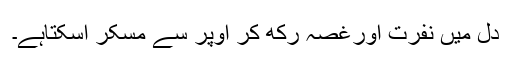
دل میں نفرت اورغصہ رکھ کر اوپر سے مسکر اسکتاہے۔